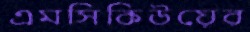
এমসিকিউয়ের